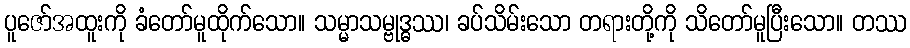
ပူဇော်အထူးကို ခံတော်မူထိုက်သော။ သမ္မာသမ္ဗုဒ္ဓဿ၊ ခပ်သိမ်းသော တရားတို့ကို သိတော်မူပြီးသော။ တဿ